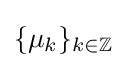
{\textstyle \{\mu _{k}\}_{k\in \mathbb {Z} }}